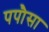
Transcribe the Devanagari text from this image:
पपौसा